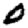
Digit: 0